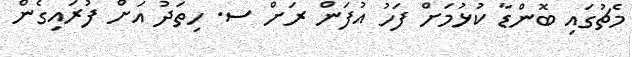
މެޗުގައި ބޮންޑާ ކުޅުމަށް ފަހު އުފަން ރަށް ސ. ހިތަދު އަށް ފުރައިގެން